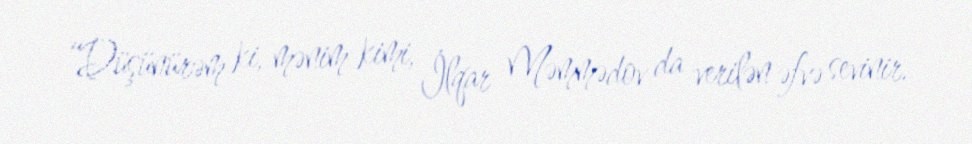
“Düşünürəm ki, mənim kimi, İlqar Məmmədov da verilən əfvə sevinir.